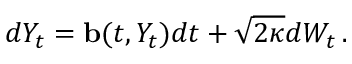
d Y _ { t } = \ensuremath { \mathbf { b } } ( t , Y _ { t } ) d t + \sqrt { 2 \kappa } d W _ { t } \, .